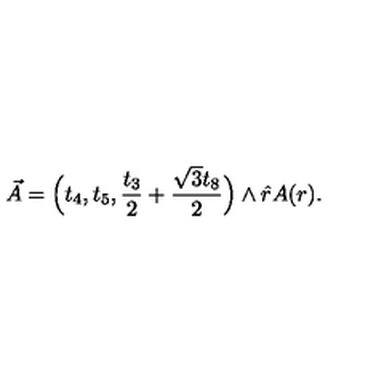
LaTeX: \vec { A } = \Big ( t _ { 4 } , t _ { 5 } , \frac { t _ { 3 } } { 2 } + \frac { \sqrt { 3 } t _ { 8 } } { 2 } \Big ) \wedge \hat { r } A ( r ) . \qquad